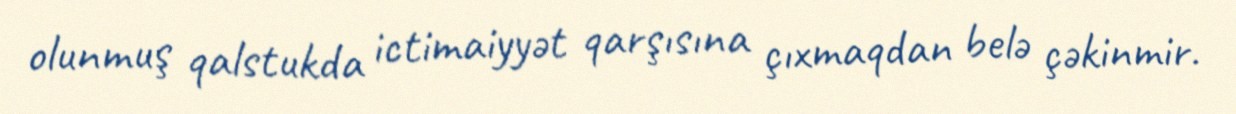
olunmuş qalstukda ictimaiyyət qarşısına çıxmaqdan belə çəkinmir.